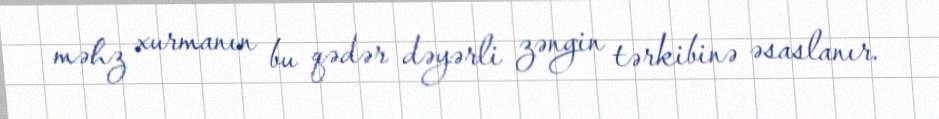
məhz xurmanın bu qədər dəyərli zəngin tərkibinə əsaslanır.